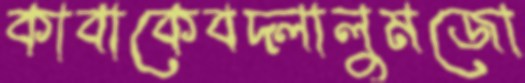
কাবাকেবদ্‌লালুমজো